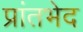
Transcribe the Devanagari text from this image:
प्रांतभेद